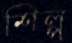
শিল্প